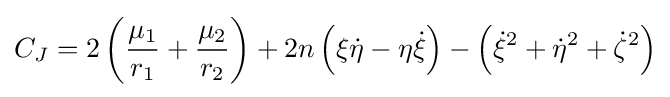
C_{J}=2\left({\frac {\mu _{1}}{r_{1}}}+{\frac {\mu _{2}}{r_{2}}}\right)+2n\left(\xi {\dot {\eta }}-\eta {\dot {\xi }}\right)-\left({\dot {\xi }}^{2}+{\dot {\eta }}^{2}+{\dot {\zeta }}^{2}\right)